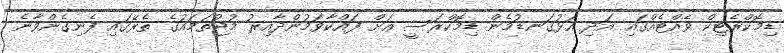
ޑިމޮކްރެޓިކް ވެއްޓެއްގައި އަދި އަޅުގަނޑުމެން ޑިމޮކްރަސީ އަށް ފައްކާވަމުންދާއިރު މުޖުތަމައުގެ ތެރޭގައި ފެނިގެންވާނެ